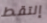
إلتقط